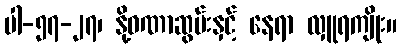
ပါ-၅၇-၂၇၊ နို့ဝဏာဆွမ်းနှင့် နေရာ လှူရကျိုး။